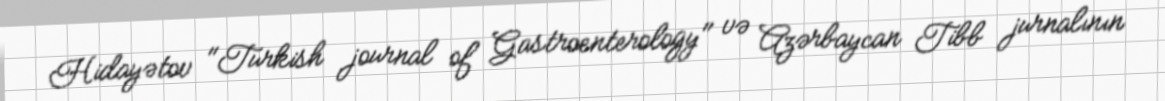
Hidayətov "Turkish journal of Gastroenterology" və Azərbaycan Tibb jurnalının